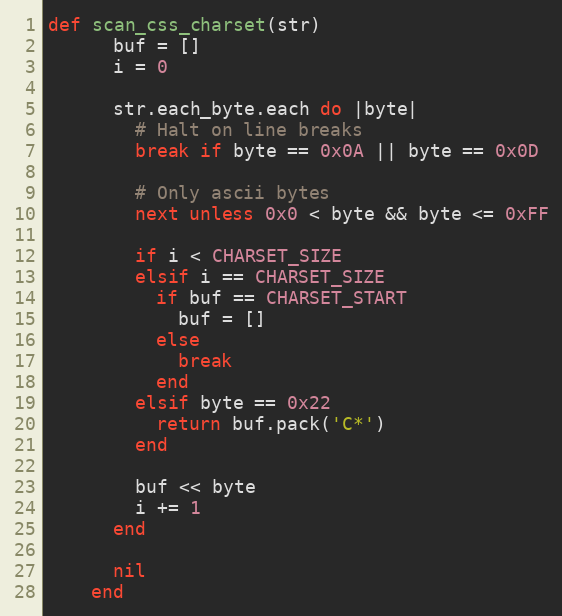
Language: Ruby
def scan_css_charset(str)
      buf = []
      i = 0

      str.each_byte.each do |byte|
        # Halt on line breaks
        break if byte == 0x0A || byte == 0x0D

        # Only ascii bytes
        next unless 0x0 < byte && byte <= 0xFF

        if i < CHARSET_SIZE
        elsif i == CHARSET_SIZE
          if buf == CHARSET_START
            buf = []
          else
            break
          end
        elsif byte == 0x22
          return buf.pack('C*')
        end

        buf << byte
        i += 1
      end

      nil
    end